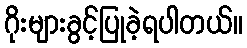
ဂိုးများခွင့်ပြုခဲ့ရပါတယ်။